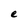
Character: e